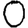
Digit: 0